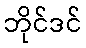
ဘိုင်ဒင်